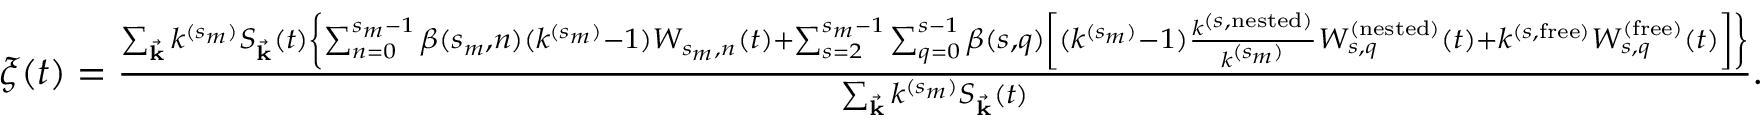
\begin{array} { r } { \xi ( t ) = \frac { \sum _ { \vec { \mathbf { k } } } k ^ { ( s _ { m } ) } S _ { \vec { \mathbf { k } } } ( t ) \left\{ \sum _ { n = 0 } ^ { s _ { m } - 1 } \beta ( s _ { m } , n ) ( k ^ { ( s _ { m } ) } - 1 ) W _ { s _ { m } , n } ( t ) + \sum _ { s = 2 } ^ { s _ { m } - 1 } \sum _ { q = 0 } ^ { s - 1 } \beta ( s , q ) \left[ ( k ^ { ( s _ { m } ) } - 1 ) \frac { k ^ { ( s , \mathrm { n e s t e d } ) } } { k ^ { ( s _ { m } ) } } W _ { s , q } ^ { ( \mathrm { n e s t e d } ) } ( t ) + k ^ { ( s , \mathrm { f r e e } ) } W _ { s , q } ^ { ( \mathrm { f r e e } ) } ( t ) \right] \right\} } { \sum _ { \vec { \mathbf { k } } } k ^ { ( s _ { m } ) } S _ { \vec { \mathbf { k } } } ( t ) } . } \end{array}